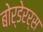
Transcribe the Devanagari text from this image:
बोर्डेरर्स